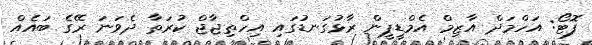
ފޮޓޯ: އަހްމަދް އާޒިމް އެމްޑީޕީން ރާޅުގަނޑުގައި އިހްތިޖާޖް ކުރަތާ ދެވަނަ ރޭގެ ބައެއް